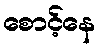
စောင့်နေ